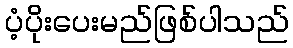
ပံ့ပိုးပေးမည်ဖြစ်ပါသည်